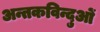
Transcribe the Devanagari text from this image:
अन्तकविन्दुओं